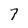
Character: 7